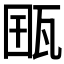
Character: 𤭋